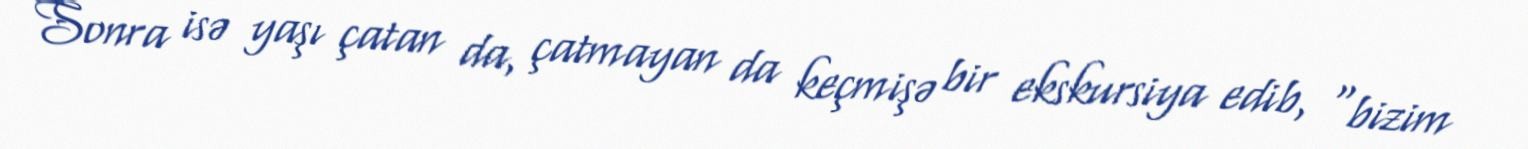
Sonra isə yaşı çatan da, çatmayan da keçmişə bir ekskursiya edib, “bizim